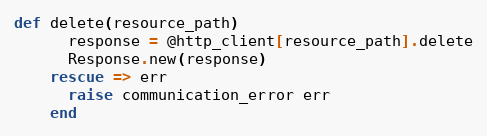
Language: Ruby
def delete(resource_path)
      response = @http_client[resource_path].delete
      Response.new(response)
    rescue => err
      raise communication_error err
    end